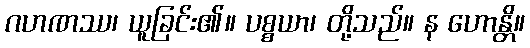
ဂဟဏဿ၊ ယူခြင်း၏။ ပစ္စယာ၊ တို့သည်။ န ဟောန္တိ။